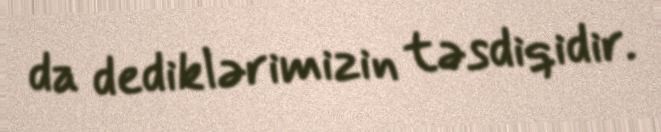
da dediklərimizin təsdiqidir.